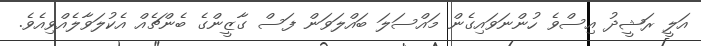
އަލީ ރަޝީދު އިސްވެ ހުންނަވައިގެން މައްސަލަ ބައްލަވަން ފަސް ގާޒީންގެ ބެންޗެއް އެކުލަވާލެއްވިއެވެ.